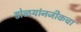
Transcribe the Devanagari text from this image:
डोळयांनजीकचा